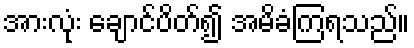
အားလုံး ချောင်ပိတ်၍ အမိခံကြရသည်။